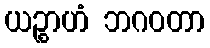
ယဉ္စာဟံ ဘဂဝတာ